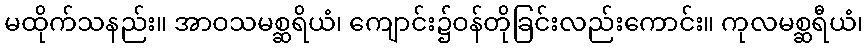
မထိုက်သနည်း။ အာဝသမစ္ဆရိယံ၊ ကျောင်း၌ဝန်တိုခြင်းလည်းကောင်း။ ကုလမစ္ဆရီယံ၊